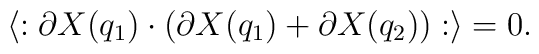
\langle :  \partial X(q_1)   \cdot ( \partial X(q_1) +\partial X(q_2) ) : \rangle = 0.